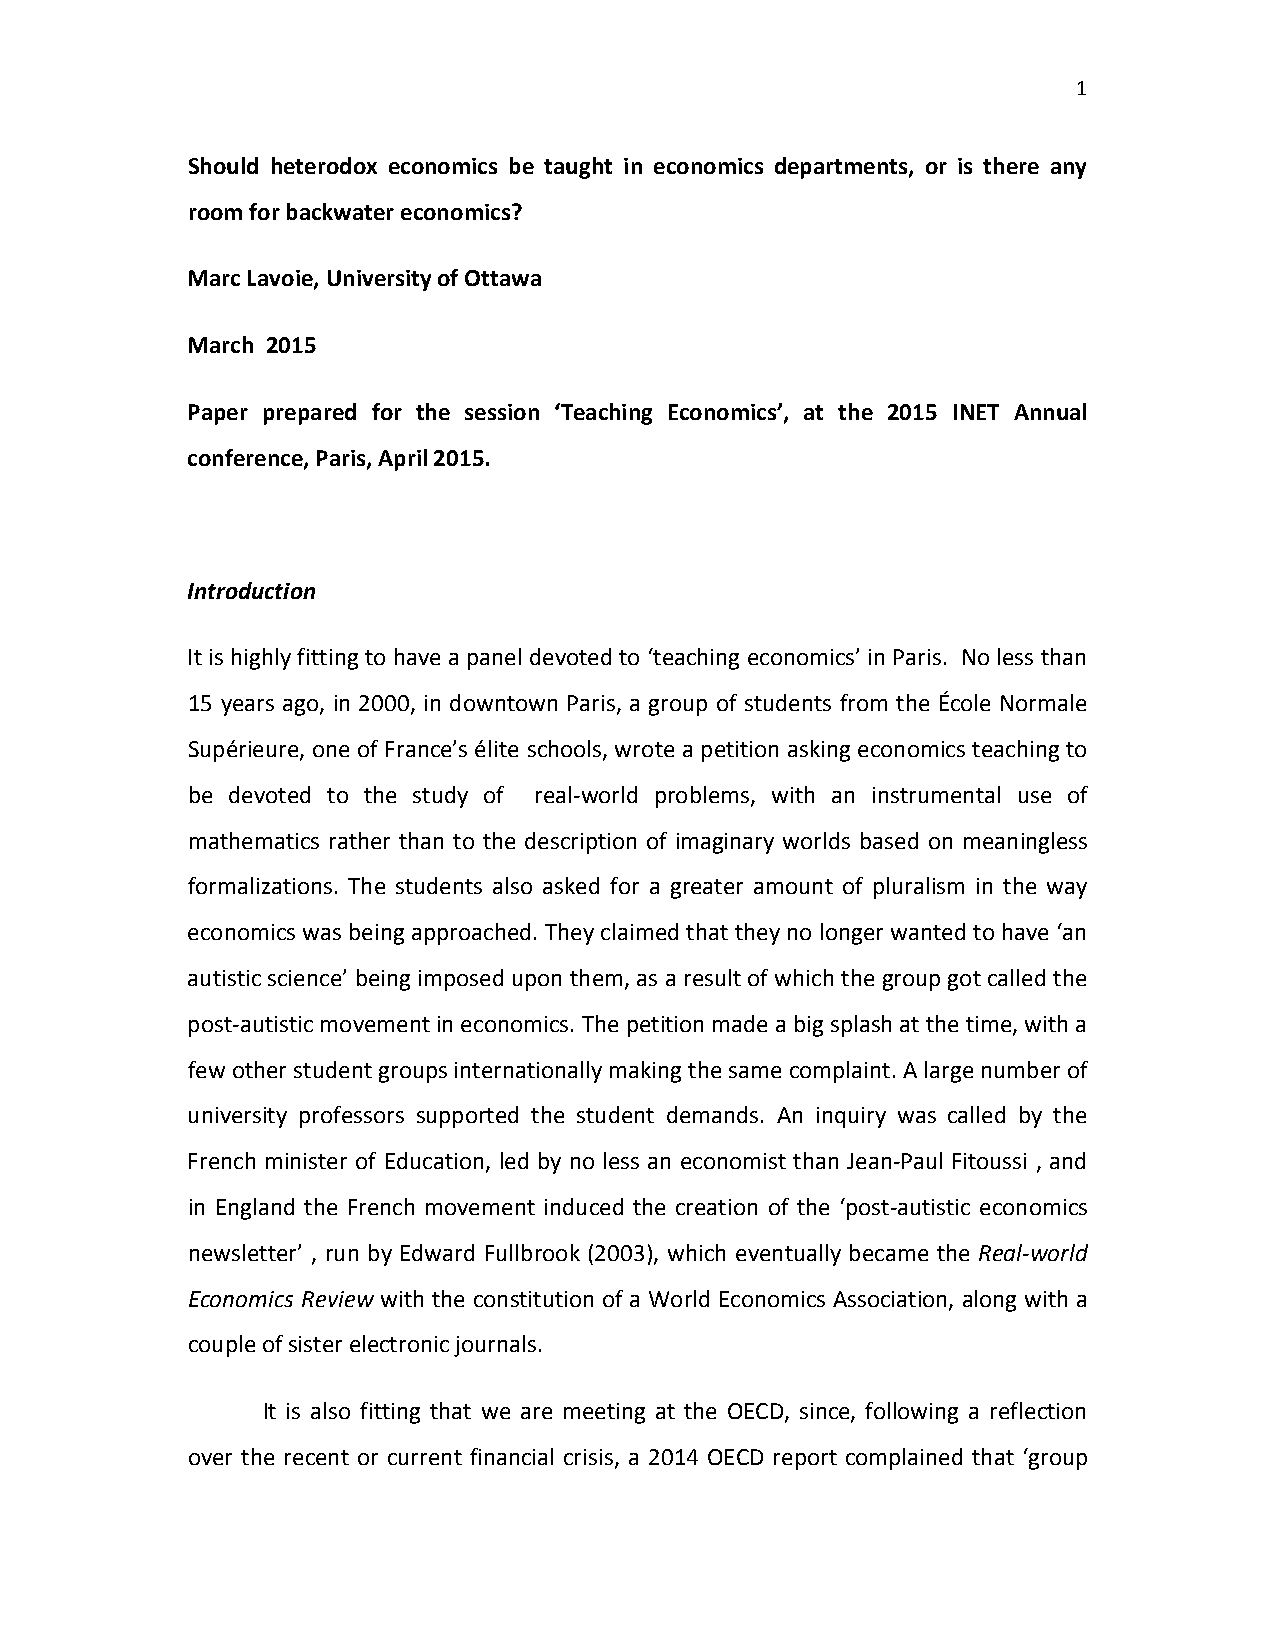
1
 Should heterodox economics be taught in economics departments, or is there any
 room for backwater economics?
 Marc Lavoie, University of Ottawa
 March 2015
 Paper prepared for the session ‘Teaching Economics’, at the 2015 INET Annual
 conference, Paris, April 2015.
 Introduction
 It is highly fitting to have a panel devoted to ‘teaching economics’ in Paris. No less than
 15 years ago, in 2000, in downtown Paris, a group of students from the École Normale
 Supérieure, one of France’s élite schools, wrote a petition asking economics teaching to
 be devoted to the study of real-world problems, with an instrumental use of
 mathematics rather than to the description of imaginary worlds based on meaningless
 formalizations. The students also asked for a greater amount of pluralism in the way
 economics was being approached. They claimed that they no longer wanted to have ‘an
 autistic science’ being imposed upon them, as a result of which the group got called the
 post-autistic movement in economics. The petition made a big splash at the time, with a
 few other student groups internationally making the same complaint. A large number of
 university professors supported the student demands. An inquiry was called by the
 French minister of Education, led by no less an economist than Jean-Paul Fitoussi , and
 in England the French movement induced the creation of the ‘post-autistic economics
 newsletter’ , run by Edward Fullbrook (2003), which eventually became the Real-world
 Economics Review with the constitution of a World Economics Association, along with a
 couple of sister electronic journals.
 It is also fitting that we are meeting at the OECD, since, following a reflection
 over the recent or current financial crisis, a 2014 OECD report complained that ‘group